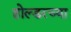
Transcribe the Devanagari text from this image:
होल्डरच्या